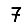
Digit: 7